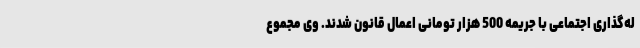
له‌گذاری اجتماعی با جریمه 500 هزار تومانی اعمال قانون شدند. وی مجموع